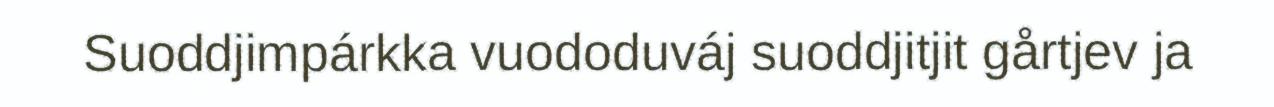
Suoddjimpárkka vuododuváj suoddjitjit gårtjev ja